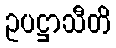
ဥပဋ္ဌာသီတိ